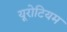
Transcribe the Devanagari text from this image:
यूरोटियम